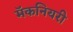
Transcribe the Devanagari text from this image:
मॅकनियरी